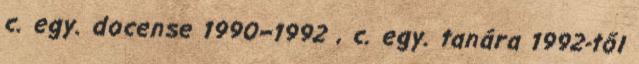
c. egy. docense 1990–1992 , c. egy. tanára 1992-től